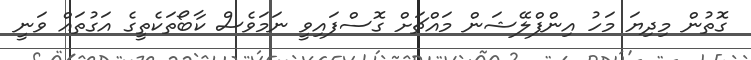
ގޮތުން މިދިޔަ މަހު އިންފްލޭޝަން މައްޗަށް ގޮސްފައިވީ ނަމަވެސް ކާބޯތަކެތީގެ އަގުތައް ވަނީ